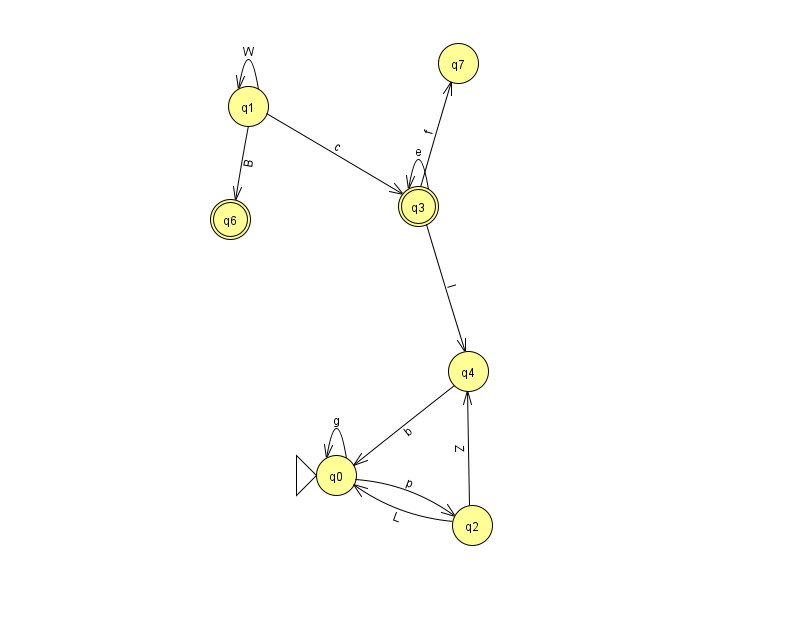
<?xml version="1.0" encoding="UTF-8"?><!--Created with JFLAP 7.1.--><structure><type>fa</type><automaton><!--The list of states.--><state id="0" name="q0"><x>336.0</x><y>462.0</y><initial/></state><state id="1" name="q1"><x>248.0</x><y>93.0</y></state><state id="2" name="q2"><x>472.0</x><y>512.0</y></state><state id="3" name="q3"><x>418.0</x><y>193.0</y><final/></state><state id="4" name="q4"><x>468.0</x><y>358.0</y></state><state id="6" name="q6"><x>230.0</x><y>206.0</y><final/></state><state id="7" name="q7"><x>458.0</x><y>50.0</y></state><!--The list of transitions.--><transition><from>2</from><to>0</to><read>L</read></transition><transition><from>1</from><to>6</to><read>B</read></transition><transition><from>3</from><to>3</to><read>e</read></transition><transition><from>0</from><to>0</to><read>g</read></transition><transition><from>1</from><to>1</to><read>W</read></transition><transition><from>1</from><to>3</to><read>c</read></transition><transition><from>3</from><to>7</to><read>f</read></transition><transition><from>2</from><to>4</to><read>Z</read></transition><transition><from>3</from><to>4</to><read>l</read></transition><transition><from>4</from><to>0</to><read>b</read></transition><transition><from>0</from><to>2</to><read>p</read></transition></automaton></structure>